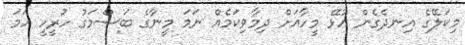
މިކަލޭގެ އިނދެގެން އުޅޭ މީހާއަށް ދިމާވިކަމެއް ނަމަ މީނާގެ ބަސްމަގު ހުރީހީ ހަމަ